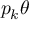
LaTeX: p _ { k } \theta